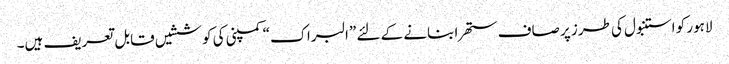
لاہور کو استنبول کی طرز پر صاف ستھرا بنانے کے لئے ”البراک“ کمپنی کی کوششیں قابل تعریف ہیں۔